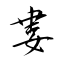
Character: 婁